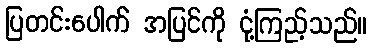
ပြတင်းပေါက် အပြင်ကို ငုံ့ကြည့်သည်။